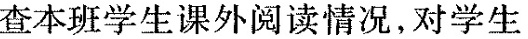
查本班学生课外阅读情况，对学生